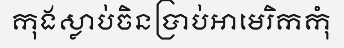
កុងស្លាប់ចិនប្រាប់អាមេរិកកុំ